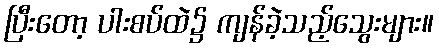
ပြီးတော့ ပါးစပ်ထဲ၌ ကျန်ခဲ့သည့်သွေးများ။